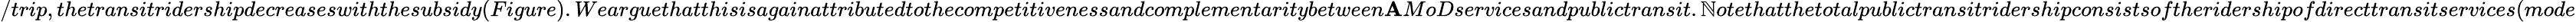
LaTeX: /trip,thetransitridershipdecreaseswiththesubsidy(Figure).Wearguethatthisisagainattributedtothecompetitivenessandcomplementaritybetween\mathbf{A}MoDservicesandpublictransit.\mathbb{N}otethatthetotalpublictransitridershipconsistsoftheridershipofdirecttransitservices(mode